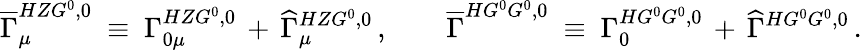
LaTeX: \overline{{{\Gamma}}}_{\mu}^{HZG^{0},0}\ \equiv\ \Gamma_{0\mu}^{HZG^{0},0}\, +\, \widehat{\Gamma}_{\mu}^{HZG^{0},0}\, ,\qquad\overline{{{\Gamma}}}^{HG^{0}G^{0},0}\ \equiv\ \Gamma_{0}^{HG^{0}G^{0},0}\, +\, \widehat{\Gamma}^{HG^{0}G^{0},0}\, .